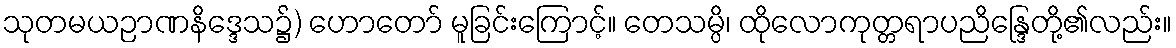
သုတမယဉာဏနိဒ္ဒေသ၌) ဟောတော် မူခြင်းကြောင့်။ တေသမ္ပိ၊ ထိုလောကုတ္တရာပညိန္ဒြေတို့၏လည်း။